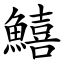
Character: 鱚